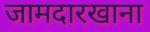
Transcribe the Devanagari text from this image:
जामदारखाना